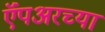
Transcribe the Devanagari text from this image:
ऍंपअरच्या